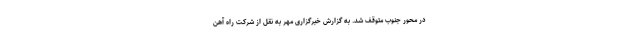
در محور جنوب متوقف شد. به گزارش خبرگزاری مهر به نقل از شرکت راه آهن